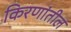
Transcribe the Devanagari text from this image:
किरणांतील